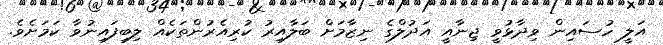
އަލީ ހުސައިން ވިދާޅުވީ ޖިނާއީ އަދުލްގެ ނިޒާމަށް ބަލާއިރު ކުރިއެރުންތަކެއް ލިބިފައިނުވާ ކަމަށެވެ.